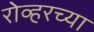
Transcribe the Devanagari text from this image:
रोव्हरच्या